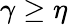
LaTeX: \gamma\geq\eta